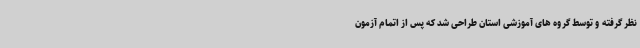
نظر گرفته و توسط گروه های آموزشی استان طراحی شد که پس از اتمام آزمون